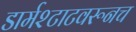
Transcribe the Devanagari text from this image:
डार्मश्टाटवरूनच